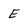
Character: E